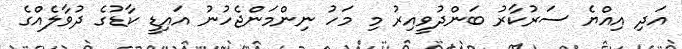
އަދި އިއްޔެ ސަރުކާރު ބަންދުވީއިރު މި މަހު ނިންމަންޖެހުނު އައިޑީ ކާޑުގެ ދުވާލެއްގެ